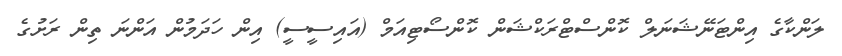
ލަންކާގެ އިންޓަނޭޝަނަލް ކޮންސްޓްރަކްޝަން ކޮންސޯޓިއަމް (އައިސީސީ) އިން ހަދަމުން އަންނަ ތިން ރަށުގެ